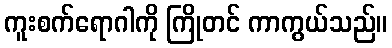
ကူးစက်ရောဂါကို ကြိုတင် ကာကွယ်သည်။